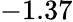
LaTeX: -1.37